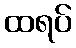
ထရပ်